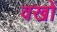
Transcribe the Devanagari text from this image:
वखों